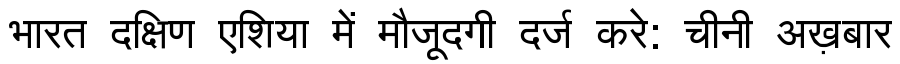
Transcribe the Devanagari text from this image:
भारत दक्षिण एशिया में मौजूदगी दर्ज करे: चीनी अख़बार